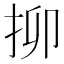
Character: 㧕